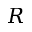
R